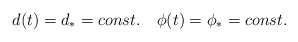
\begin{align*}d(t)=d_{\ast}=const. \quad \phi(t)=\phi_{\ast}=const.\end{align*}